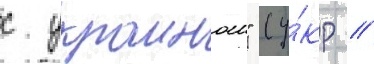
с украинои" (у́кр //